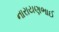
નારાયણભાઈ